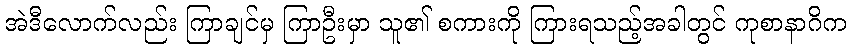
အဲဒီလောက်လည်း ကြာချင်မှ ကြာဦးမှာ သူ၏ စကားကို ကြားရသည့်အခါတွင် ကုစာနာဂိက